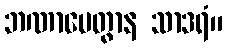
ဘဏာပေတွာန သာဒရံ။